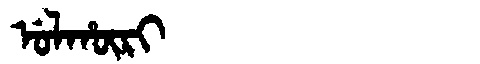
Manchu: ᡠᠯᡥᡡᡵᡳ
Romanization: ULHŪRI